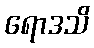
ရောဒသိ